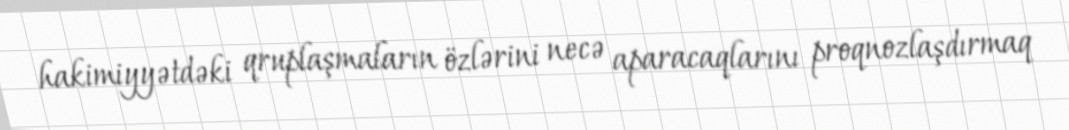
hakimiyyətdəki qruplaşmaların özlərini necə aparacaqlarını proqnozlaşdırmaq